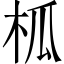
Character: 柧